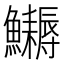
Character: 𩽔